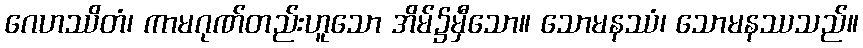
ဂေဟဿိတံ၊ ကာမဂုဏ်တည်းဟူသော အိမ်၌မှီသော။ သောမနဿံ၊ သောမနဿသည်။